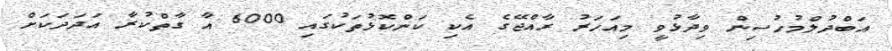
އަބްދުލްމުހުސިން ވިދާޅުވީ މިއަހަރު ރާއްޖޭގެ އެކި ކަންކޮޅުތަކުގައި 6000 އާ ގާތްކުރާ އަދަދަކަށް